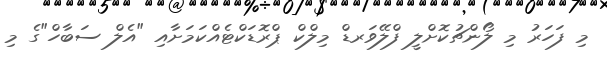
މި ފަހަރު މި ލޯންޗުކޮށްލީ ފްލޭވަރޑް މިލްކް ޕްރޮޑަކްޓެއްކަމަށާއި "އެލް ސަބާހް"ގެ މި